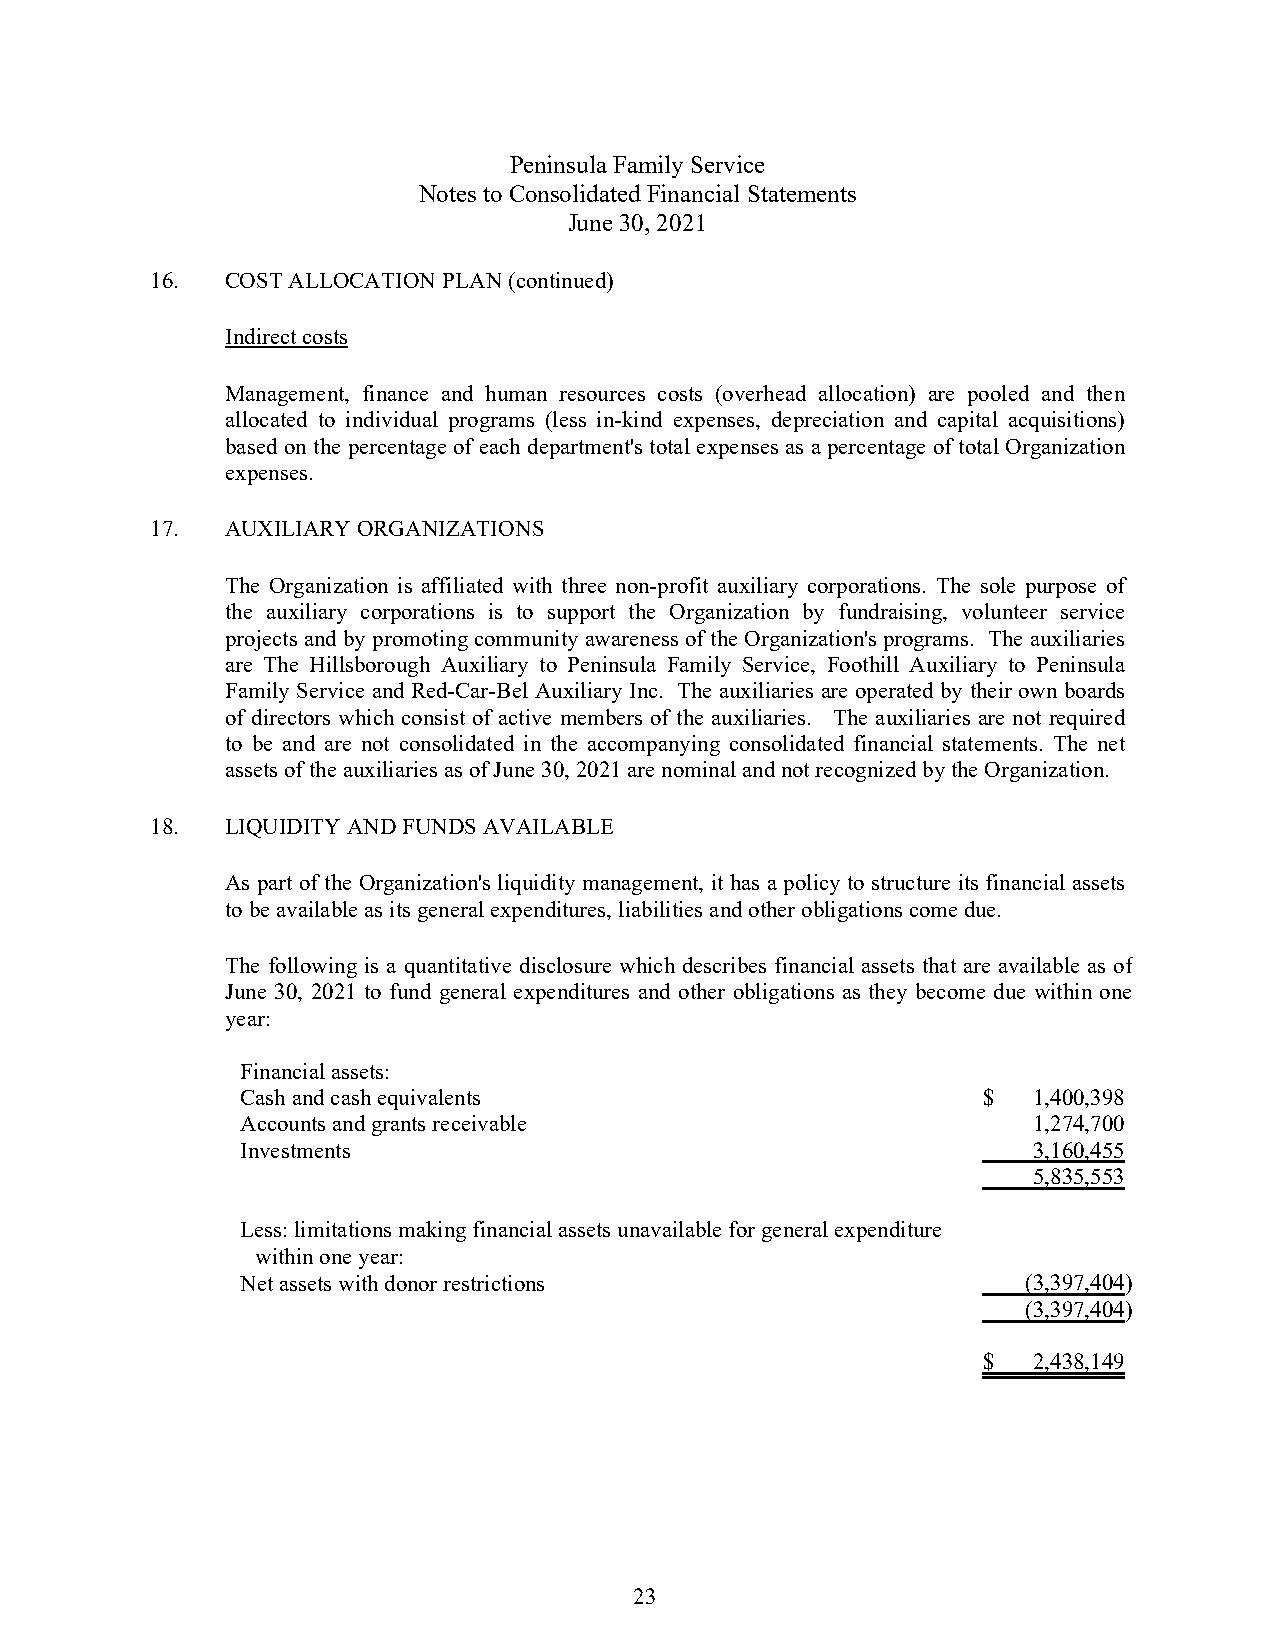
Peninsula Family Service
 Notes to Consolidated Financial Statements
 June 30, 2021
 16.  COST ALLOCATION PLAN (continued)
 Indirect costs
 Management, finance and human resources costs (overhead allocation) are pooled and then
 allocated to individual programs (less in-kind expenses, depreciation and capital acquisitions)
 based on the percentage of each department's total expenses as a percentage of total Organization
 expenses.
 17.  AUXILIARY ORGANIZATIONS
 The Organization is affiliated with three non-profit auxiliary corporations. The sole purpose of
 the auxiliary corporations is to support the Organization by fundraising, volunteer service
 projects and by promoting community awareness of the Organization's programs. The auxiliaries
 are The Hillsborough Auxiliary to Peninsula Family Service, Foothill Auxiliary to Peninsula
 Family Service and Red-Car-Bel Auxiliary Inc. The auxiliaries are operated by their own boards
 of directors which consist of active members of the auxiliaries. The auxiliaries are not required
 to be and are not consolidated in the accompanying consolidated financial statements. The net
 assets of the auxiliaries as of June 30, 2021 are nominal and not recognized by the Organization.
 18.  LIQUIDITY AND FUNDS AVAILABLE
 As part of the Organization's liquidity management, it has a policy to structure its financial assets
 to be available as its general expenditures, liabilities and other obligations come due.
 The following is a quantitative disclosure which describes financial assets that are available as of
 June 30, 2021 to fund general expenditures and other obligations as they become due within one
 year:
 Financial assets:
 Cash and cash equivalents                        $  1,400,398
 Accounts and grants receivable                      1,274,700
 Investments                                         3,160,455
 5,835,553
 Less: limitations making financial assets unavailable for general expenditure
 within one year:
 Net assets with donor restrictions                  (3,397,404)
 (3,397,404)
 $  2,438,149
 23